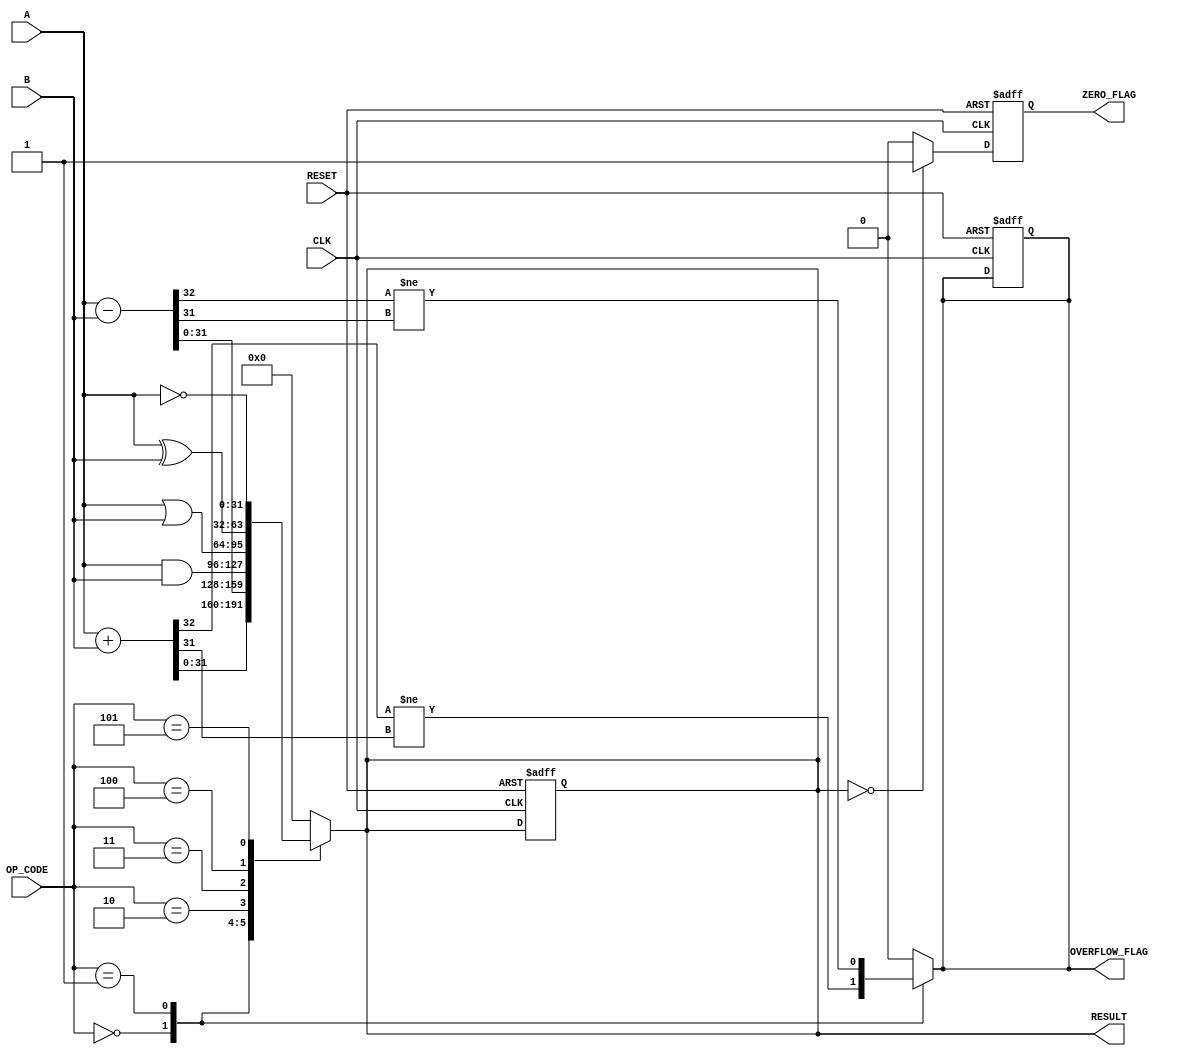
module ParameterizedALU #(
    parameter DATA_WIDTH = 32, // Bit-width of the input and output data
    parameter OPERATION_MODE = 4 // Number of operations supported
)(
    input  wire [DATA_WIDTH-1:0] A,        // First operand
    input  wire [DATA_WIDTH-1:0] B,        // Second operand
    input  wire [OPERATION_MODE-1:0] OP_CODE, // Operation code
    input  wire CLK,                       // Clock signal
    input  wire RESET,                     // Asynchronous reset
    output reg [DATA_WIDTH-1:0] RESULT,   // Result of the operation
    output reg ZERO_FLAG,                  // Zero flag
    output reg OVERFLOW_FLAG                // Overflow flag
);

    // Internal signals
    reg [DATA_WIDTH:0] temp_result; // For overflow detection

    // Operation codes
    localparam ADD      = 4'b0000;
    localparam SUB      = 4'b0001;
    localparam AND      = 4'b0010;
    localparam OR       = 4'b0011;
    localparam XOR      = 4'b0100;
    localparam NOT      = 4'b0101;

    // Combinational logic for ALU operations
    always @(*) begin
        case (OP_CODE)
            ADD: begin
                temp_result = A + B; // Addition
                RESULT = temp_result[DATA_WIDTH-1:0];
                OVERFLOW_FLAG = (temp_result[DATA_WIDTH] != temp_result[DATA_WIDTH-1]);
            end
            SUB: begin
                temp_result = A - B; // Subtraction
                RESULT = temp_result[DATA_WIDTH-1:0];
                OVERFLOW_FLAG = (temp_result[DATA_WIDTH] != temp_result[DATA_WIDTH-1]);
            end
            AND: begin
                RESULT = A & B; // AND operation
                OVERFLOW_FLAG = 1'b0; // No overflow for logical operations
            end
            OR: begin
                RESULT = A | B; // OR operation
                OVERFLOW_FLAG = 1'b0; // No overflow for logical operations
            end
            XOR: begin
                RESULT = A ^ B; // XOR operation
                OVERFLOW_FLAG = 1'b0; // No overflow for logical operations
            end
            NOT: begin
                RESULT = ~A; // NOT operation (using A for demonstration)
                OVERFLOW_FLAG = 1'b0; // No overflow for logical operations
            end
            default: begin
                RESULT = {DATA_WIDTH{1'b0}}; // Default case
                OVERFLOW_FLAG = 1'b0;
            end
        endcase
    end

    // Sequential logic for output and flags
    always @(posedge CLK or posedge RESET) begin
        if (RESET) begin
            RESULT <= {DATA_WIDTH{1'b0}};
            ZERO_FLAG <= 1'b0;
            OVERFLOW_FLAG <= 1'b0;
        end else begin
            // Update RESULT and flags
            ZERO_FLAG <= (RESULT == {DATA_WIDTH{1'b0}}) ? 1'b1 : 1'b0;
        end
    end

endmodule